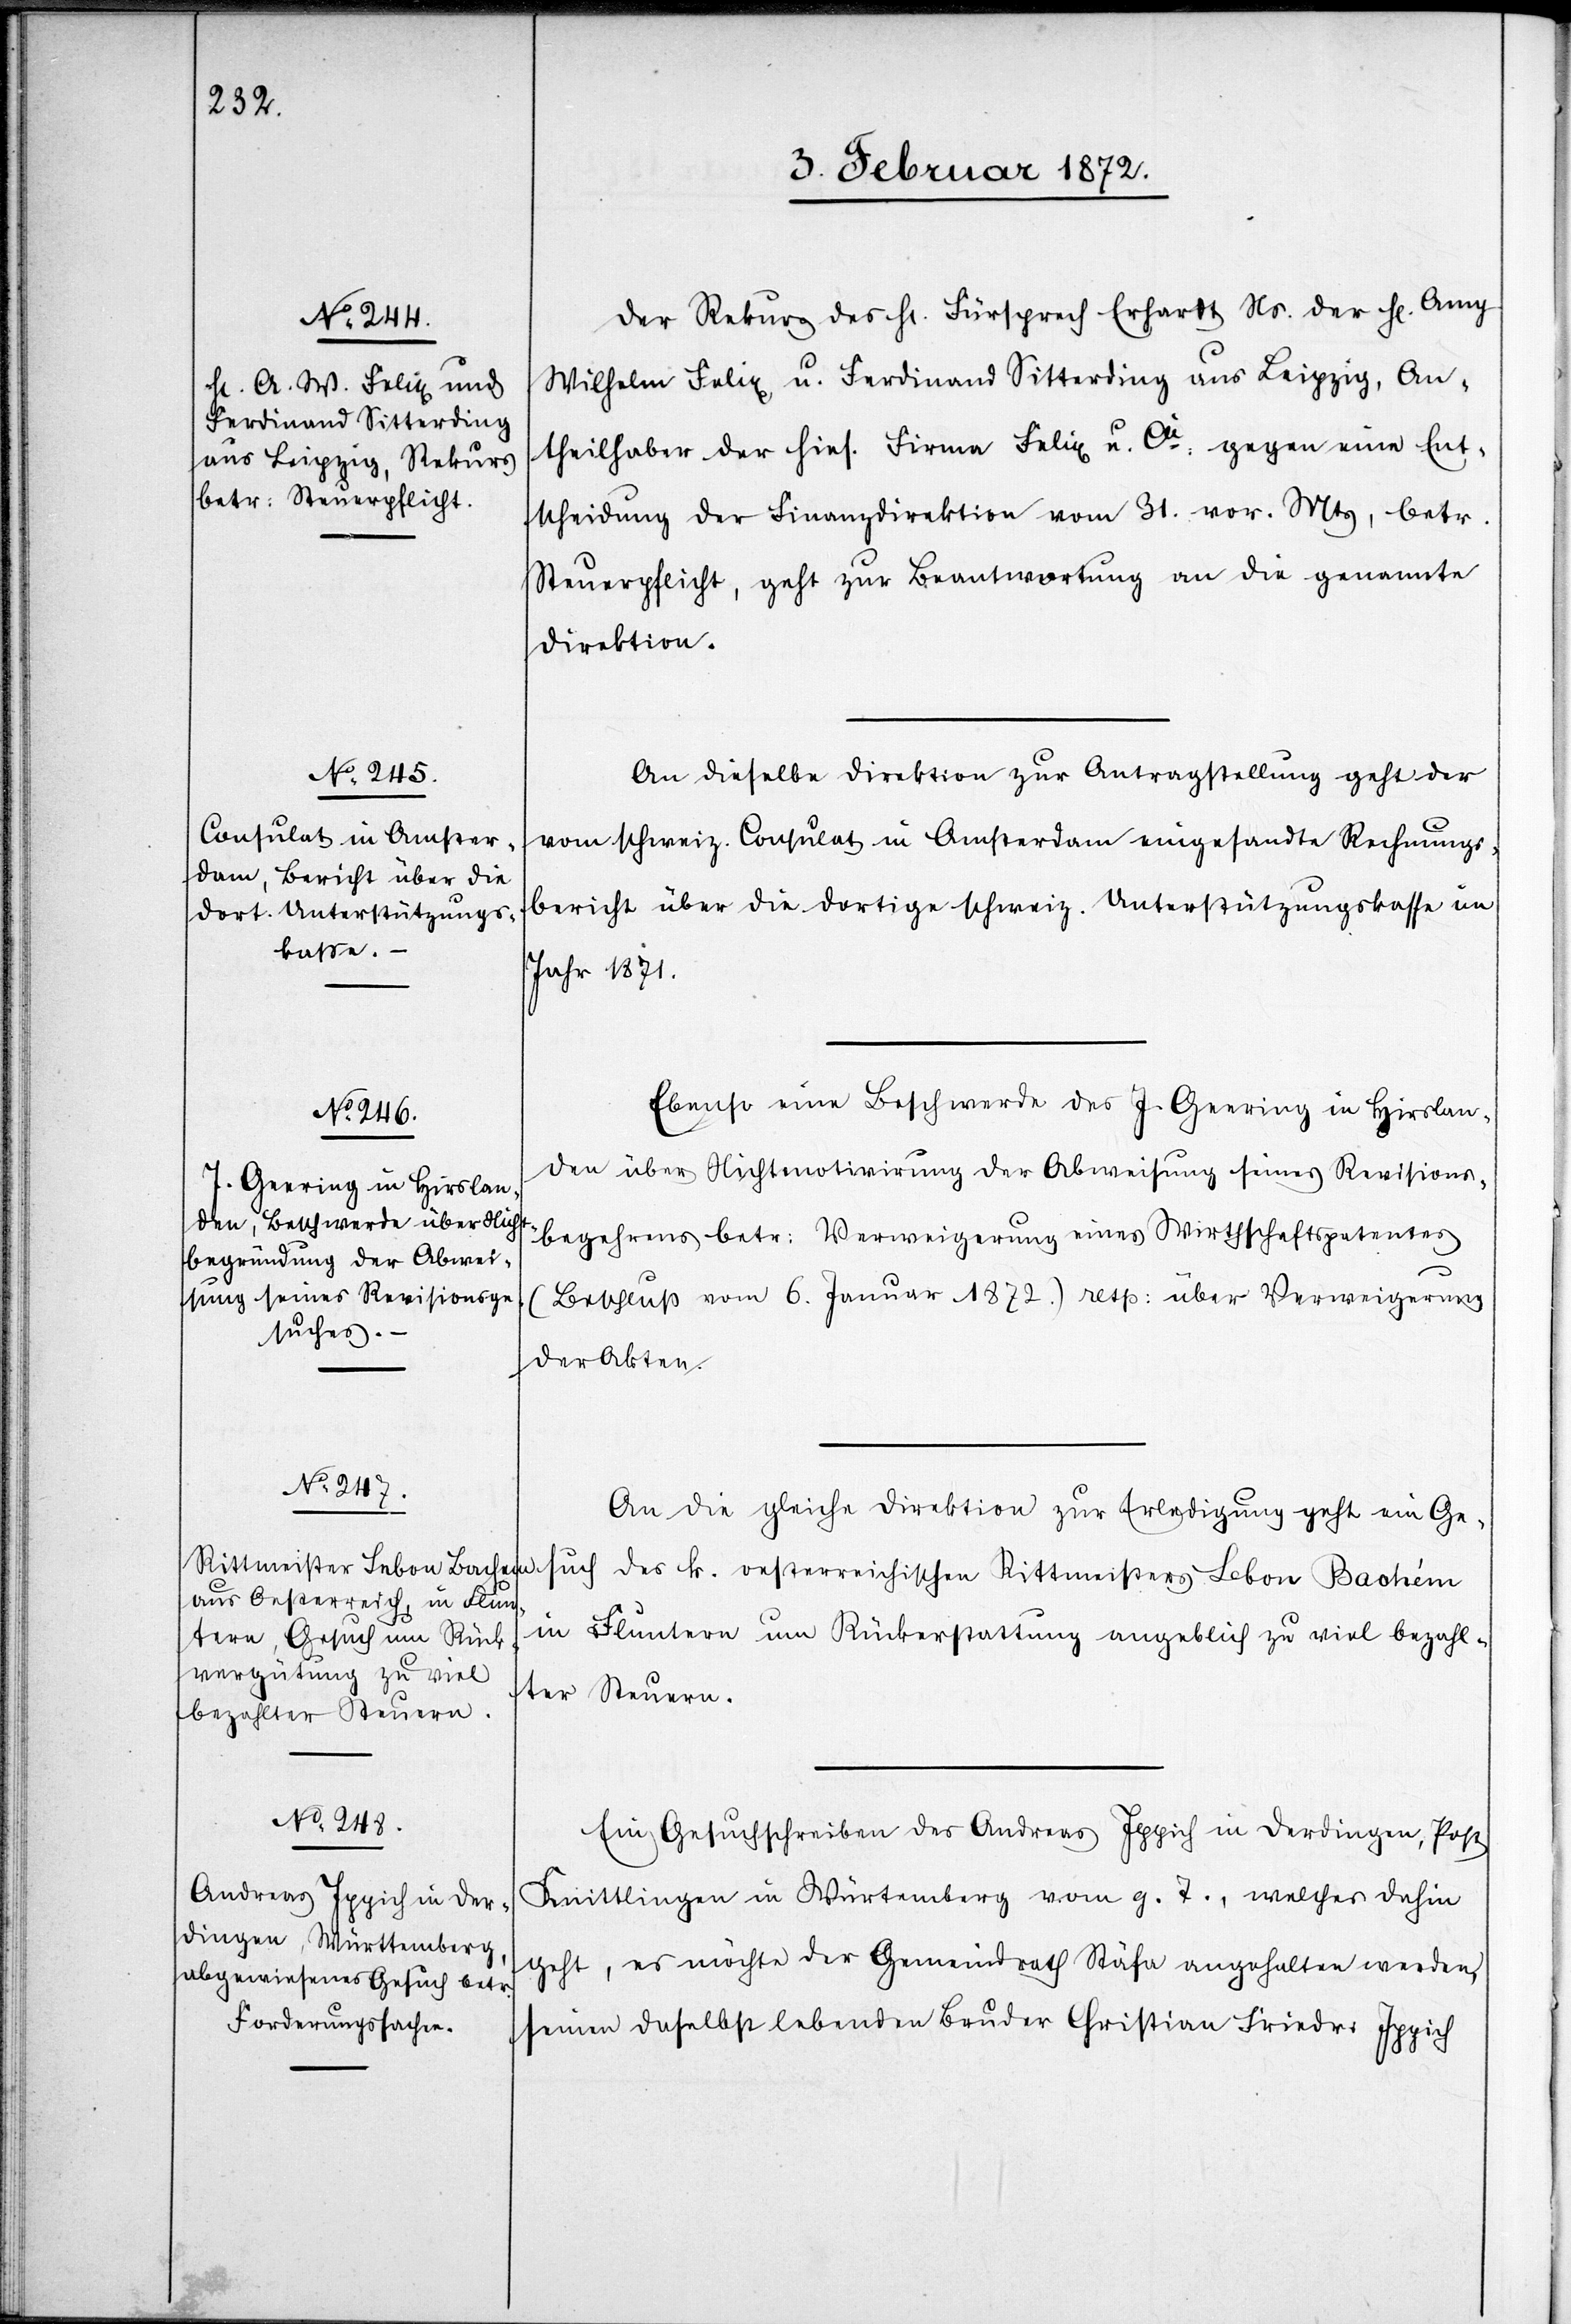
Der Rekurs des Hr. Fürsprech Erhardt Ns. der Hr. Amy
Wilhelm Felix u. Ferdinand Sitterding aus Leipzig, An¬
theilhaber der hies. Firma Felix u. Co gegen eine Ent¬
scheidung der Finanzdirektion vom 31. vor. Mts, betr,
Steuerpflicht, geht zur Beantwortung an die genannte
Direktion.
An dieselbe Direktion zur Antragstellung geht der
vom schweiz. Consulat in Amsterdam eingesandte Rechnungs¬
bericht über die dortige schweiz. Unterstützungskasse im
Jahr 1871.
Ebenso eine Beschwerde des J. Geering in Hirslan¬
den über Nichtmotivirung der Abweisung seines Revisions¬
begehrens betr. Verweigerung eines Wirthschaftspatentes
(Beschluß vom 6. Januar 1872.) resp. über Verweigerung
such des k.
der Akten.
An die gleiche Direktion zur Erledigung geht ein Ge¬
in Fluntern um Rückerstattung angeblich zu viel bezahl¬
ter Steuern.
Ein Gesuchschreiben des Andreas Ippich in Derdingen, Post
Knittlingen in Würtemberg vom g. T., welches dahin
geht, es möchte der Gemeindrath Stäfa angehalten werden,
seinen daselbst lebenden Bruder Christian Friedr. Ippich